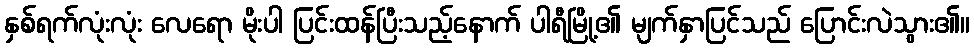
နှစ်ရက်လုံးလုံး လေရော မိုးပါ ပြင်းထန်ပြီးသည့်နောက် ပါရီမြို့၏ မျက်နှာပြင်သည် ပြောင်းလဲသွား၏။